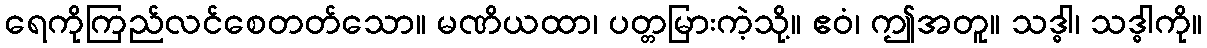
ရေကိုကြည်လင်စေတတ်သော။ မဏိယထာ၊ ပတ္တမြားကဲ့သို့။ ဧဝံ၊ ဤအတူ။ သဒ္ဓါ၊ သဒ္ဓါကို။